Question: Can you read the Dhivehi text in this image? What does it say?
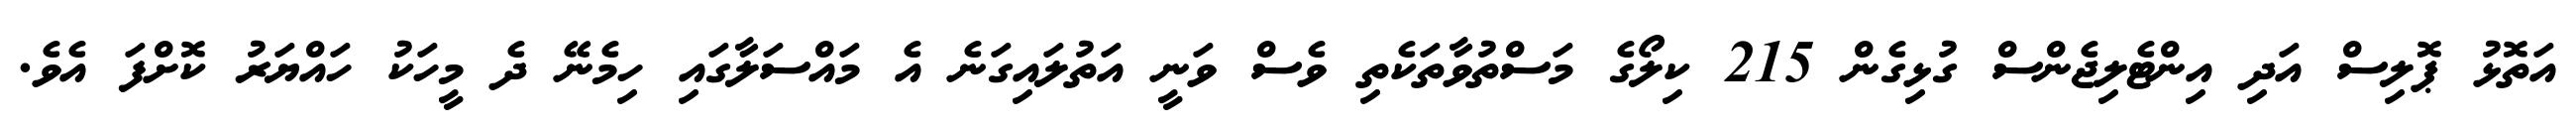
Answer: އަތޮޅު ޕޮލިސް އަދި އިންޓެލިޖެންސް ގުޅިގެން 215 ކިލޯގެ މަސްތުވާތަކެތި ވެސް ވަނީ އަތުލައިގަނެ އެ މައްސަލާގައި ހިމެނޭ ދެ މީހަކު ހައްޔަރު ކޮށްފަ އެވެ.